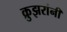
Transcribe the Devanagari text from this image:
क्रुझरांनी